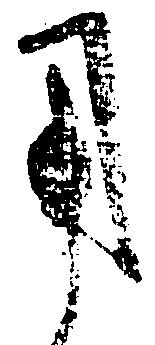
用